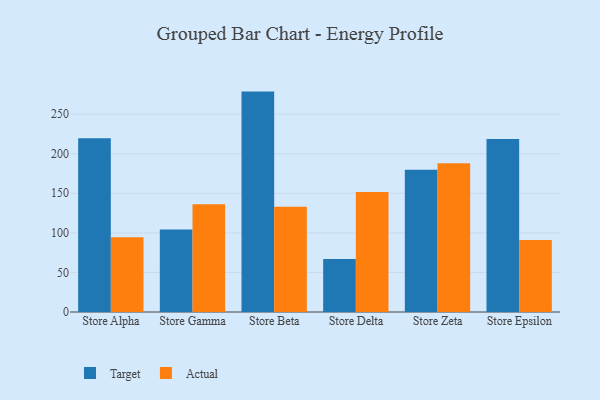
{"axis": {"x": "Store", "y": "Demand Index"}, "legend": ["Actual", "Target"], "data": [{"x": "Store Alpha", "y": 219.5, "type": "Target"}, {"x": "Store Alpha", "y": 94.6, "type": "Actual"}, {"x": "Store Gamma", "y": 104.2, "type": "Target"}, {"x": "Store Gamma", "y": 136.3, "type": "Actual"}, {"x": "Store Beta", "y": 278.5, "type": "Target"}, {"x": "Store Beta", "y": 133.0, "type": "Actual"}, {"x": "Store Delta", "y": 67.0, "type": "Target"}, {"x": "Store Delta", "y": 151.7, "type": "Actual"}, {"x": "Store Zeta", "y": 179.9, "type": "Target"}, {"x": "Store Zeta", "y": 187.9, "type": "Actual"}, {"x": "Store Epsilon", "y": 218.7, "type": "Target"}, {"x": "Store Epsilon", "y": 90.9, "type": "Actual"}]}